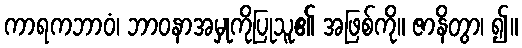
ကာရကဘာဝံ၊ ဘာဝနာအမှုကိုပြုသူ၏ အဖြစ်ကို။ ဇာနိတွာ၊ ၍။